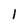
Character: l